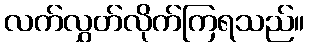
လက်လွှတ်လိုက်ကြရသည်။